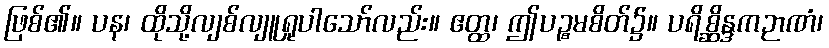
ဖြစ်၏။ ပန၊ ထိုသို့လျစ်လျူရှုပါသော်လည်း။ ဧတ္ထ၊ ဤပဉ္စမစိတ်၌။ ပရိစ္ဆိန္ဒကဉာဏံ၊